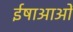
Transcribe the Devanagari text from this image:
ईषाआओं